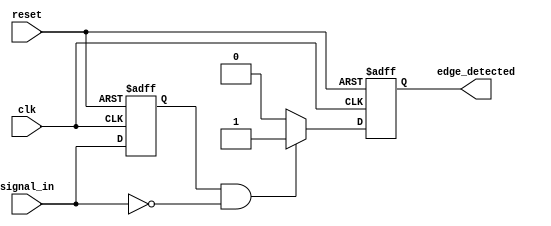
module negative_edge_detector (
    input wire clk,            // Clock signal
    input wire reset,          // Asynchronous reset signal
    input wire signal_in,      // Input signal to detect falling edge
    output reg edge_detected   // Output signal indicating edge detection
);

    // Register to hold the previous state of the input signal
    reg signal_in_prev;

    // Always block triggered on the rising edge of the clock or reset
    always @(posedge clk or posedge reset) begin
        if (reset) begin
            // Reset condition: initialize previous state and output
            signal_in_prev <= 1'b0;
            edge_detected <= 1'b0;
        end else begin
            // Edge detection logic
            if (signal_in_prev == 1'b1 && signal_in == 1'b0) begin
                edge_detected <= 1'b1; // Falling edge detected
            end else begin
                edge_detected <= 1'b0; // No edge detected
            end
            
            // Update previous state
            signal_in_prev <= signal_in;
        end
    end

endmodule